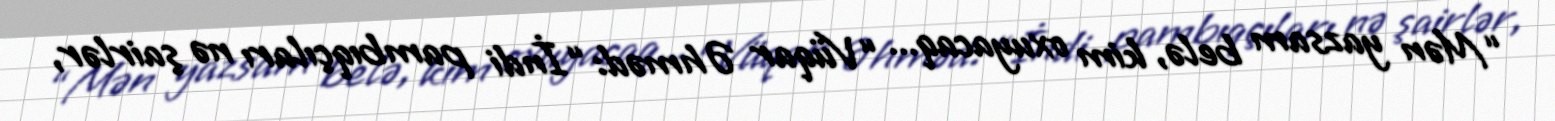
“Mən yazsam belə, kim oxuyacaq... “Vüqar Əhməd: “İndi pambıqçıları nə şairlər,